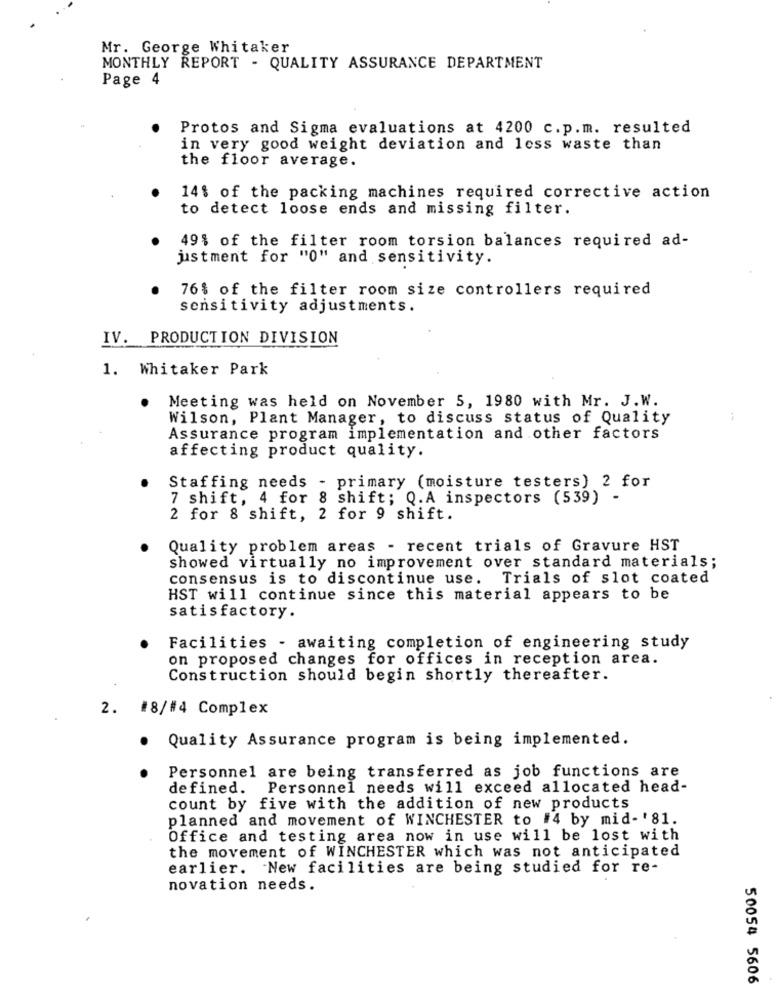
Mr. George Whitaker
MONTHLY REPORT - QUALITY ASSURANCE DEPARTMENT
Page 4
Protos and Sigma evaluations at 4200 c.p.m. resulted
in very good weight deviation and less waste than
the floor average.
14% of the packing machines required corrective action
to detect loose ends and missing filter.
49% of the filter room torsion balances required ad-
justment for "0" and sensitivity.
76% of the filter room size controllers required
sensitivity adjustments.
IV. PRODUCTION DIVISION
1. Whitaker Park
Meeting was held on November 5, 1980 with Mr. J.W.
Wilson, Plant Manager, to discuss status of Quality
Assurance program implementation and other factors
affecting product quality.
Staffing needs - primary (moisture testers) 2 for
7 shift, 4 for 8 shift; Q.A inspectors (539) -
2 for 8 shift, 2 for 9 shift.
Quality problem areas - recent trials of Gravure HST
showed virtually no improvement over standard materials;
consensus is to discontinue use. Trials of slot coated
HST will continue since this material appears to be
satisfactory.
Facilities - awaiting completion of engineering study
on proposed changes for offices in reception area.
Construction should begin shortly thereafter.
2. #8/#4 Complex
Quality Assurance program is being implemented.
.
Personnel are being transferred as job functions are
defined. Personnel needs will exceed allocated head-
count by five with the addition of new products
planned and movement of WINCHESTER to #4 by mid- '81.
Office and testing area now in use will be lost with
the movement of WINCHESTER which was not anticipated
earlier. New facilities are being studied for re-
novation needs.
50054 5606